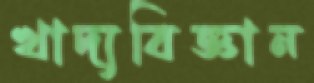
খাদ্যবিজ্ঞান